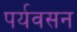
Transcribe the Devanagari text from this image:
पर्यवसन